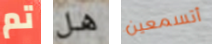
تم هل أتسمعين